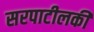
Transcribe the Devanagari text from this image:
सरपाटीलकी